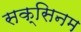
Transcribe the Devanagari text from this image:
सक्सिनम